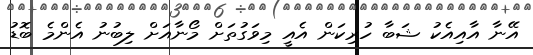
އޭނާ އާއިއެކު ޝަބާ ހުރިކަން އެއީ މިވަގުތަށް މޯނާއަށް ލިބުނު އެންމެ ބޮޑު